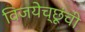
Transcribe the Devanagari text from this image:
विजयेच्छूंची